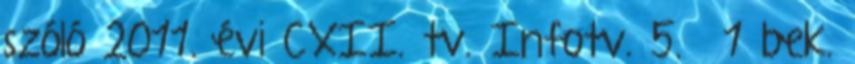
szóló 2011. évi CXII. tv. Infotv. 5.§ 1 bek.